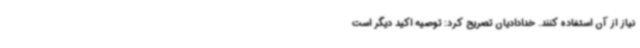
نیاز از آن استفاده کنند. خدادادیان تصریح کرد: توصیه اکید دیگر است